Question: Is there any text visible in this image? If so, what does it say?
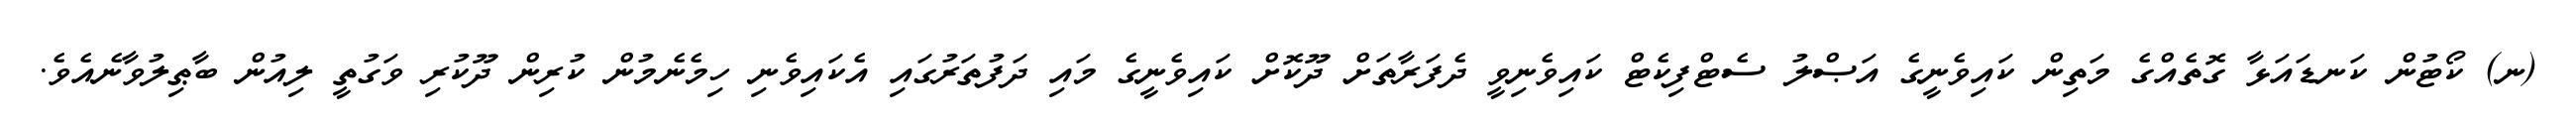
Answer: (ނ) ކޯޓުން ކަނޑައަޅާ ގޮތެއްގެ މަތިން ކައިވެނީގެ އަޞްލު ސެޓްފިކެޓް ކައިވެނިވީ ދެފަރާތަށް ދޫކޮށް ކައިވެނީގެ މައި ދަފުތަރުގައި އެކައިވެނި ހިމެނެމުން ކުރިން ދޫކުރި ވަގުތީ ލިއުން ބާޠިލުވާނެއެވެ.